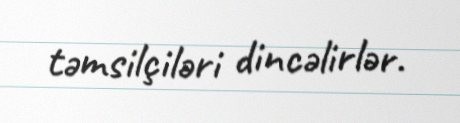
təmsilçiləri dincəlirlər.